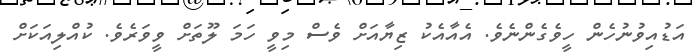
އަޑުއިވުނުހެން ހީވެގެންނެވެ. އެއާއެކު ޒިޔާއަށް ވެސް މިވީ ހަމަ ލޫތަށް ވީވަރެވެ. ކުއްލިއަކަށް